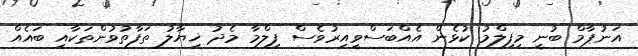
އަނުޕާމް ބުނީ މިފިލްމު ކުޅެން އެއްބަސްވީއިރުވެސް ފިލްމާ މެދު ޚިޔާލު ތަފާތުވުންތަކާއި ބައެއް